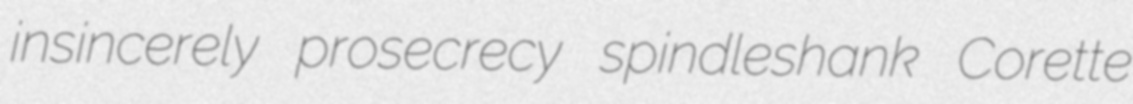
insincerely prosecrecy spindleshank Corette